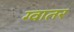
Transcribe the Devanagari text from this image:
ग्वातर